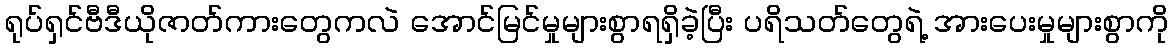
ရုပ်ရှင်ဗီဒီယိုဇာတ်ကားတွေကလဲ အောင်မြင်မှုများစွာရရှိခဲ့ပြီး ပရိသတ်တွေရဲ့ အားပေးမှုများစွာကို